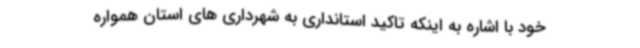
خود با اشاره به اینکه تاکید استانداری به شهرداری های استان همواره